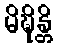
မိဍ္ဎိန္တိ